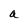
Character: a